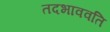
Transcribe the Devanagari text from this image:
तदभाववति